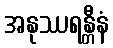
အနုဿရန္တီနံ